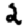
Digit: 2